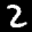
Label: 2